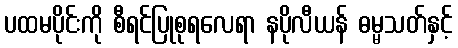
ပထမပိုင်းကို စီရင်ပြုစုရလေရာ နပိုလီယန် ဓမ္မသတ်နှင့်